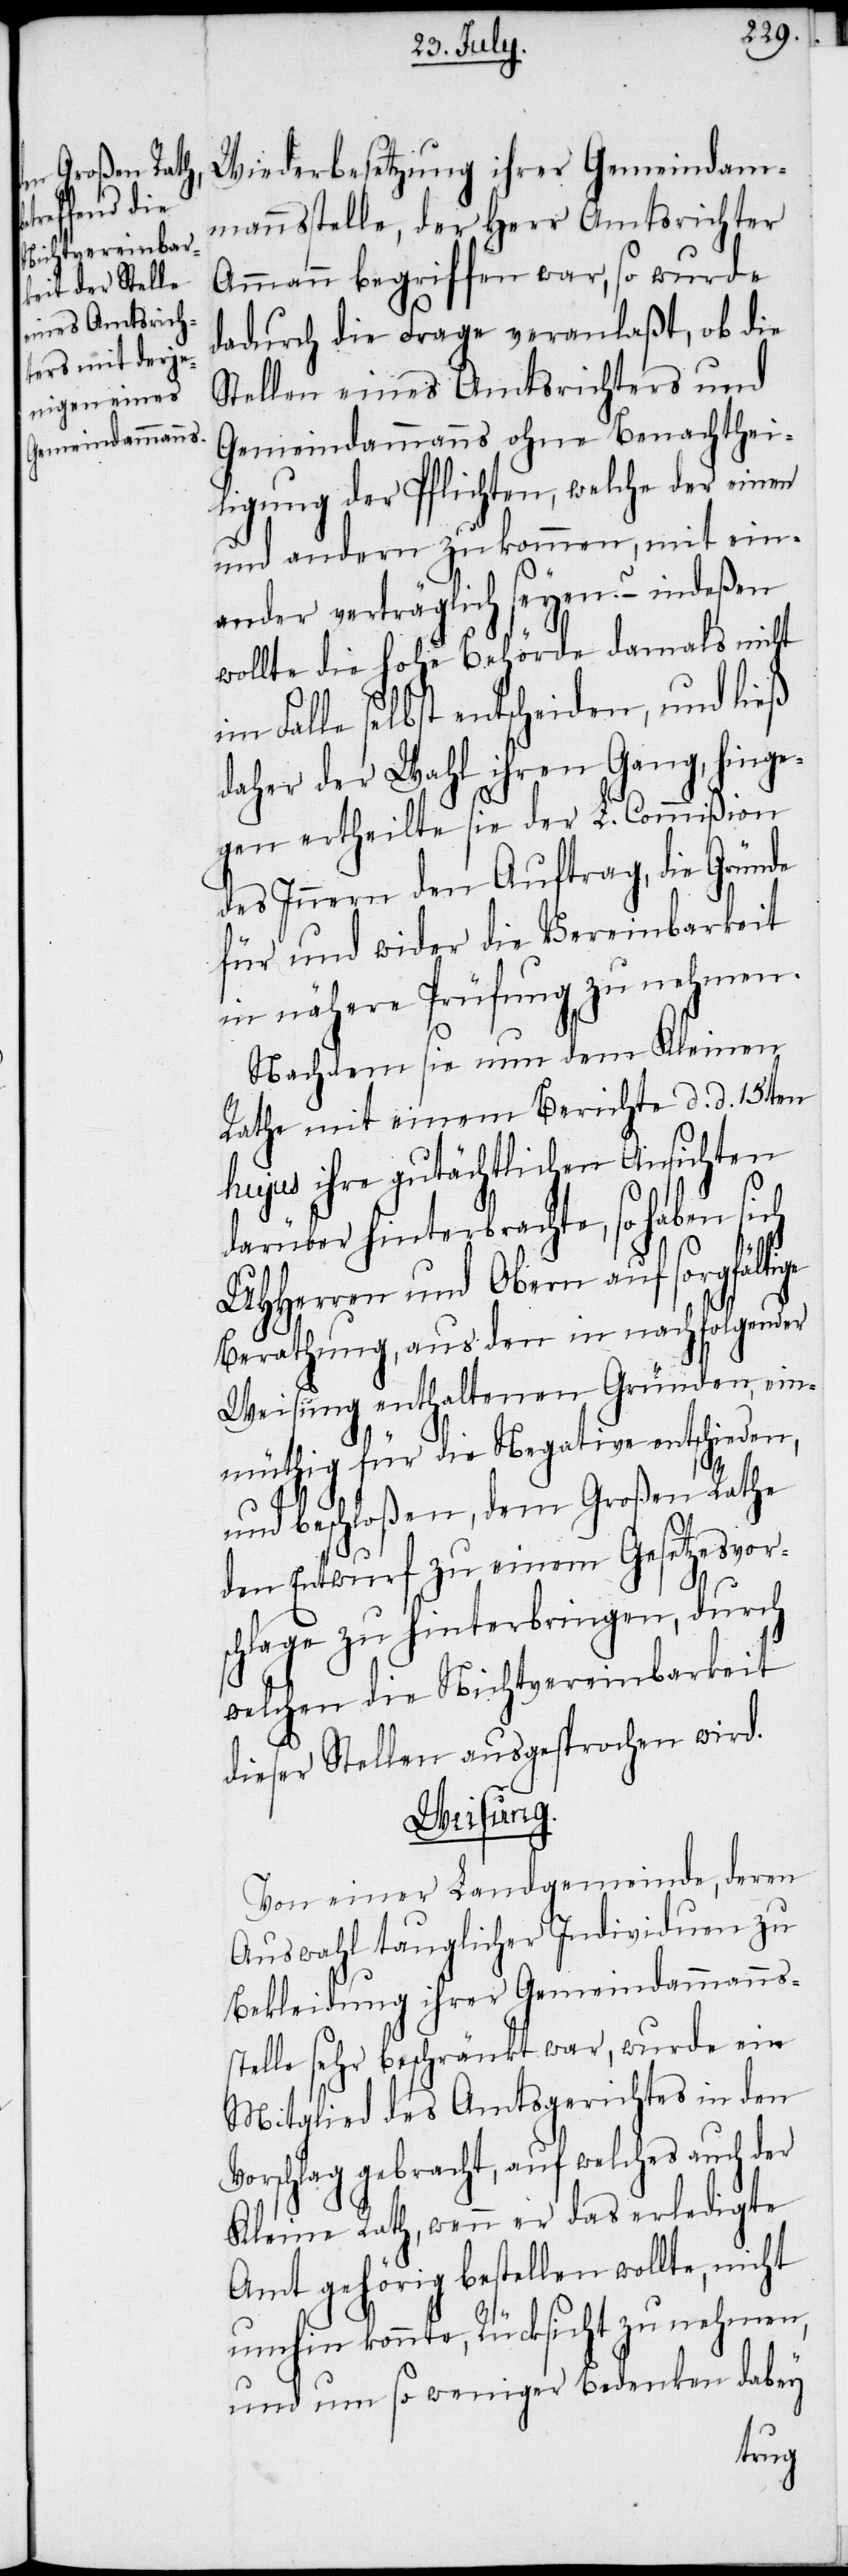
Wiederbesetzung ihrer Gemeindam¬
mannsstelle, der Herr Amtsrichter
Ammann begriffen war, so wurde
dadurch die Frage veranlaßt, ob die
Stellen eines Amtsrichters und
Gemeindammanns ohne Benachthei¬
ligung der Pflichten, welche der einen
und andern zukommen, mit ein¬
ander verträglich seyen? – indeßen
wollte die hohe Behörde damals nicht
im Falle selbst entscheiden, und ließ
daher der Wahl ihren Gang, hinge¬
gen ertheilte sie der L. Commißion
des Innern den Auftrag, die Gründe
für und wider die Vereinbarkeit
in nähere Prüfung zu nehmen.
Nachdem sie nun dem Kleinen
Rathe mit einem Berichte d. d. 15ten
hujus ihre gutächtlichen Ansichten
darüber hinterbrachte, so haben sich
UHHerren und Obern auf sorgfältige
Berathung, aus den in nachfolgender
Weisung enthaltenen Gründen, ein¬
müthig für die Negative entschieden,
und beschloßen, dem Großen Rathe
den Entwurf zu einem Gesetzesvor¬
schlage zu hinterbringen, durch
welchen die Nichtvereinbarkeit
dieser Stellen ausgesprochen wird.
Weisung.
Von einer Landgemeinde, deren
Auswahl tauglicher Individuen zu
Bekleidung ihrer Gemeindammanns¬
stelle sehr beschränkt war, wurde ein
Mitglied des Amtsgerichtes in den
Vorschlag gebracht, auf welches auch der
Kleine Rath, wenn er das erledigte
Amt gehörig bestellen wollte, nicht
umhin konnte, Rücksicht zu nehmen,
und um so weniger Bedenken dabey